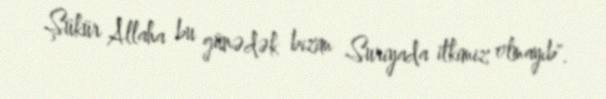
Şükür Allaha bu günədək bizim Suriyada itkimiz olmayıb".